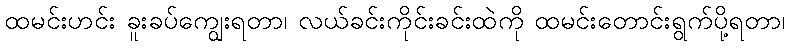
ထမင်းဟင်း ခူးခပ်ကျွေးရတာ၊ လယ်ခင်းကိုင်းခင်းထဲကို ထမင်းတောင်းရွက်ပို့ရတာ၊